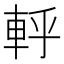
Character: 軤